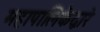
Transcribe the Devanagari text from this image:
महापालिकेद्वारे